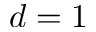
d = 1